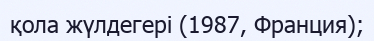
қола жүлдегері (1987, Франция);